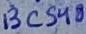
Text: BC548